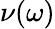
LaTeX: \nu(\omega)